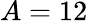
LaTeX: A=12